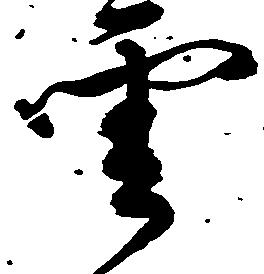
雲